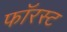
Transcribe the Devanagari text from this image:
फॉरस्ट